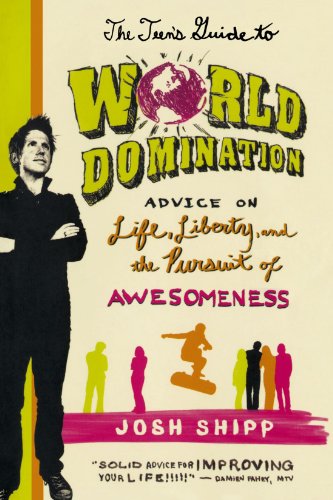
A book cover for The Teen's Guide to World Domination: Advice on Life, Liberty, and the Pursuit of Awesomeness; Josh Shipp; Parenting & Relationships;